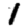
Digit: 1